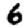
Digit: 6